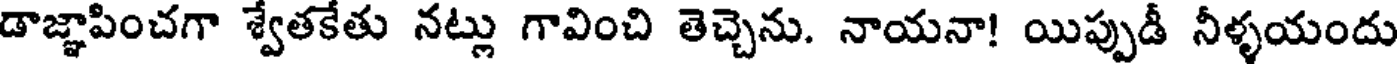
డాజ్ఞాపించగా శ్వేతకేతు నట్లు గావించి తెచ్చెను. నాయనా! యిప్పుడీ నీళ్ళయందు